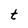
Character: t